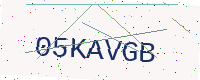
Text: 05KAVGB